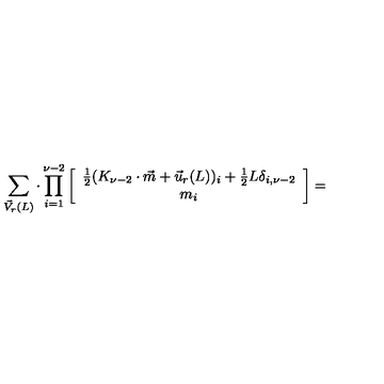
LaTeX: \sum _ { \vec { V } _ { r } ( L ) } \cdot \prod _ { i = 1 } ^ { \nu - 2 } \left[ \begin{array} { c } { \frac { 1 } { 2 } ( K _ { \nu - 2 } \cdot \vec { m } + \vec { u } _ { r } ( L ) ) _ { i } + \frac { 1 } { 2 } L \delta _ { i , \nu - 2 } } \\ { m _ { i } } \\ \end{array} \right] =